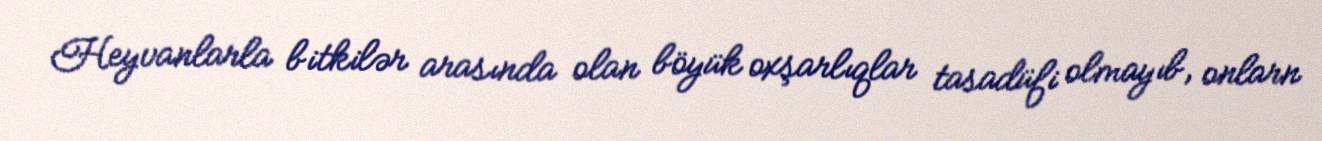
Heyvanlarla bitkilər arasında olan böyük oxşarlıqlar tasadüfi olmayıb, onlarn